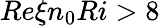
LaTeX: Re\xi n_{0}Ri>8